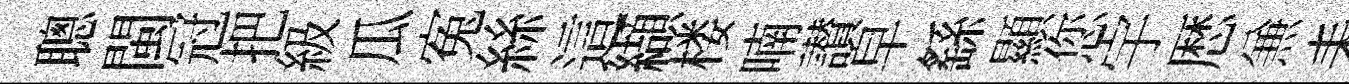
聰閩冠把級瓜寃絲這纈楼喃讃皁繇顯您宇厯𠔥耒